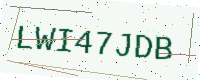
Text: LWI47JDB